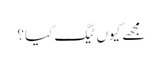
مجھے کیوں ٹیگ کیا؟